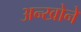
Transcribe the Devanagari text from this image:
अन्खोने